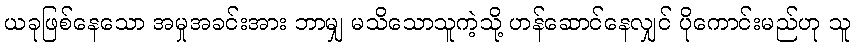
ယခုဖြစ်နေသော အမှုအခင်းအား ဘာမျှ မသိသောသူကဲ့သို့ ဟန်ဆောင်နေလျှင် ပိုကောင်းမည်ဟု သူ